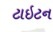
ટાઇટન